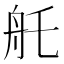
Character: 𦨎